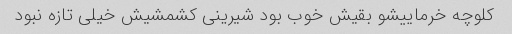
کلوچه خرماییشو بقیش خوب بود شیرینی کشمشیش خیلی تازه نبود